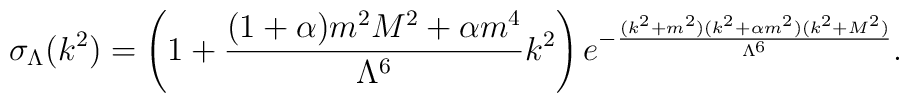
\sigma_{\Lambda}(k^2)=\left(1+\frac{(1+\alpha)m^2 M^2+\alpha m^4}{\Lambda^6} k^2 \right) e^{-\frac{(k^2 + m^2)(k^2 + \alpha m^2)(k^2 + M^2)}{\Lambda^6}} .